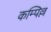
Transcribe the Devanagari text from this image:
कम्पिल्ल